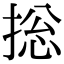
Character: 捴